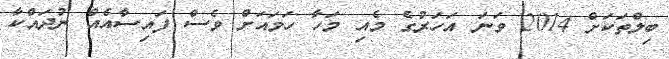
ބިލްތަކަށް 2014 ވަނަ އަހަރުގެ މެއި މަހާ ހަމައަށް ވެސް ފައިސާއެއް ނުދައްކާ